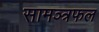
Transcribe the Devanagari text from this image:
सामञ्त्रफल